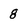
Character: 8